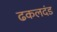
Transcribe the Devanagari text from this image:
ढकलदंड